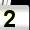
Digit: 2